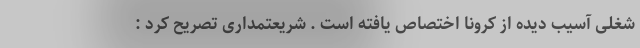
شغلی آسیب دیده از کرونا اختصاص یافته است . شریعتمداری تصریح کرد :